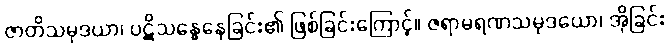
ဇာတိသမုဒယာ၊ ပဋိသန္ဓေနေခြင်း၏ ဖြစ်ခြင်းကြောင့်။ ဇရာမရဏသမုဒယော၊ အိုခြင်း